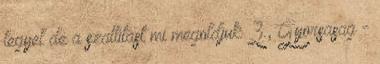
legyel de a szallitast mi megoldjuk 3., Gyorsasag -